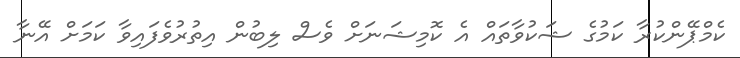
ކެމްޕޭންކުރާ ކަމުގެ ޝަކުވާތައް އެ ކޮމިޝަނަށް ވެސް ލިބުން އިތުރުވެފައިވާ ކަމަށް އޭނާ